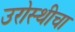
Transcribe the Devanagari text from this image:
उरोस्थीचा